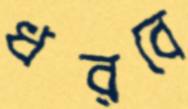
ধরবে